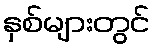
နှစ်များတွင်